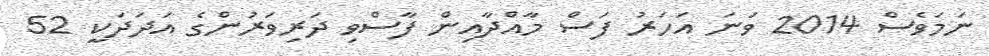
ނަމަވެސް 2014 ވަނަ އަހަރު ފަސް މާއްދާއިން ފާސްވި ދަރިވަރުންގެ އަދަދަކީ 52